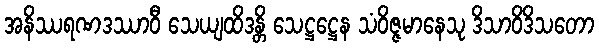
အနိဿရဏဒဿာဝီ သေယျထိဒန္တိ သေဋ္ဌဋ္ဌေန သံဝိဇ္ဇမာနေသု ဒိသာဝိဒိသတော